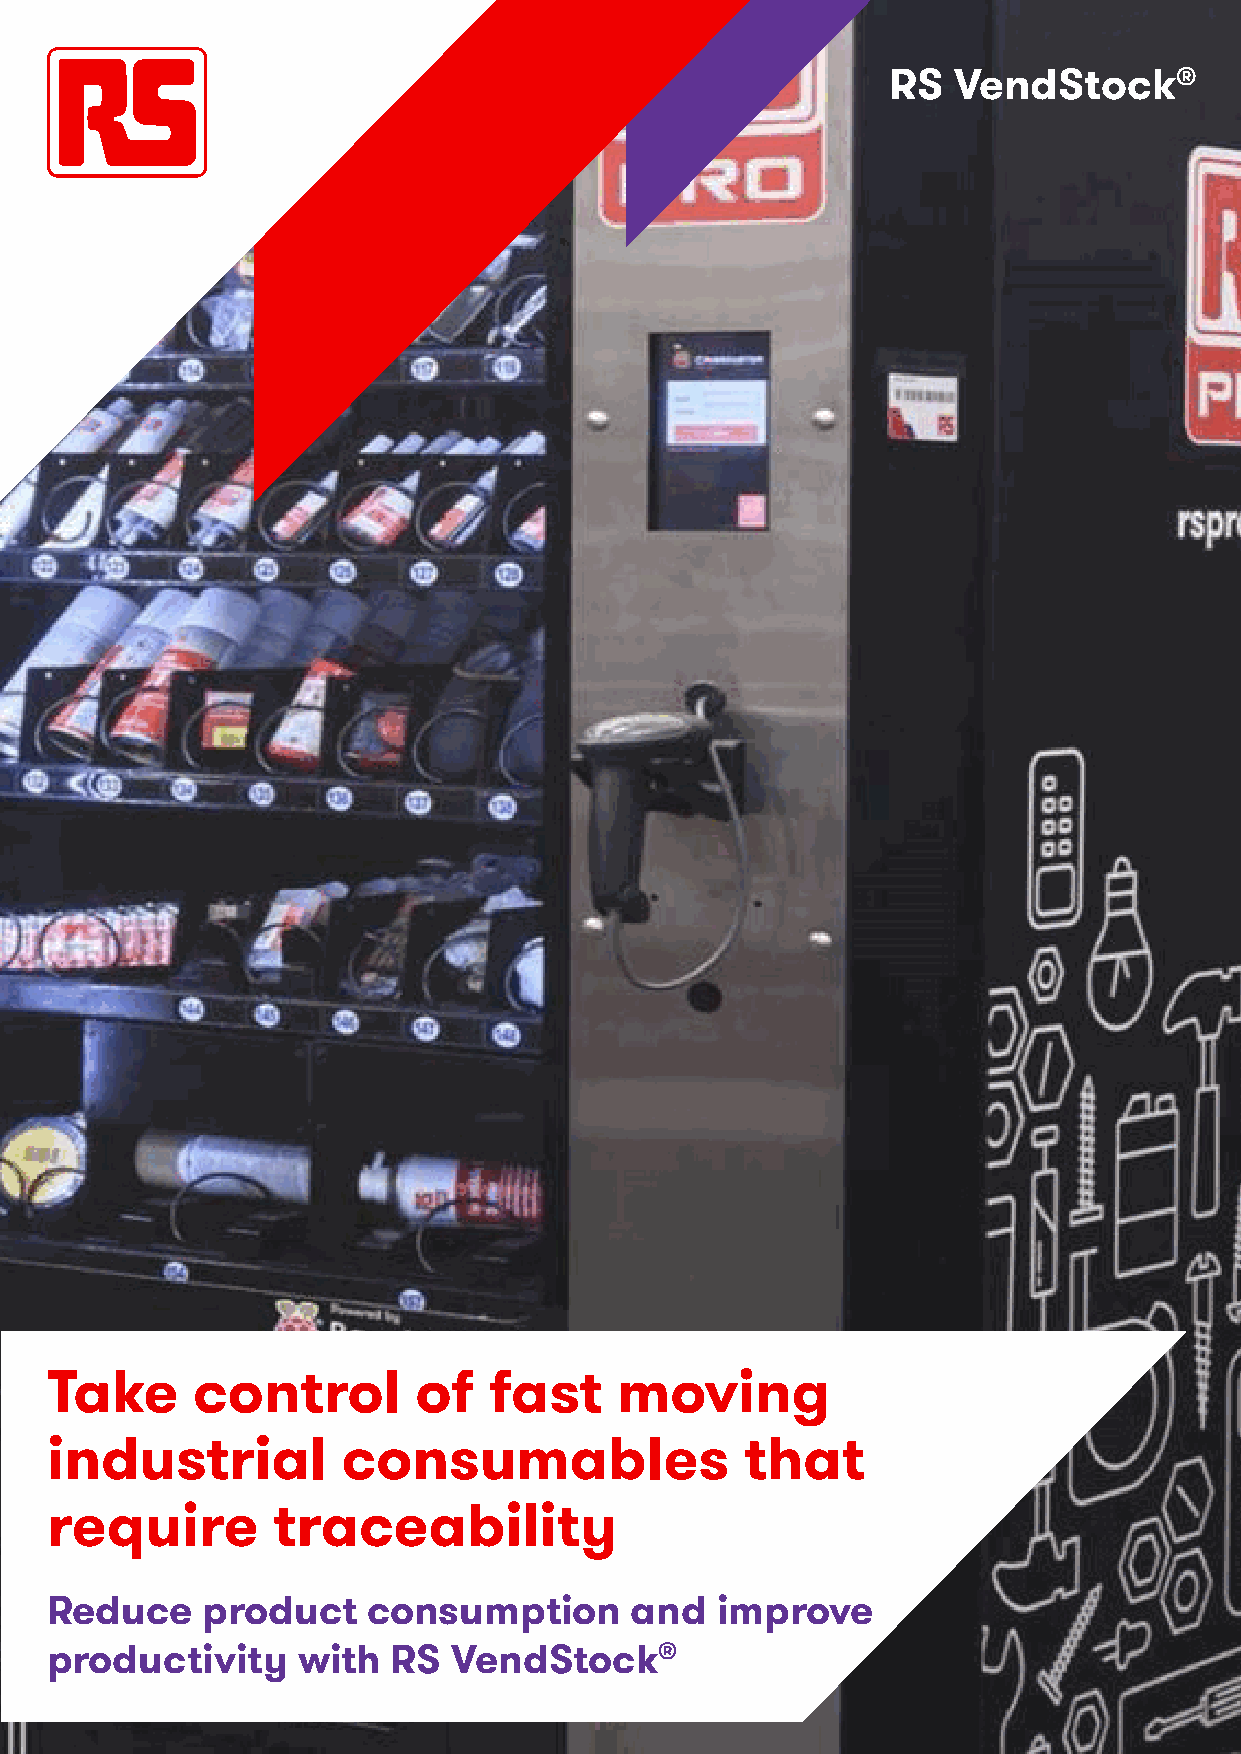
RS  VendStock®
 Take      control       of   fast     moving
 industrial          consumables               that
 require        traceability
 Reduce    product    consumption       and  improve
 productivity     with  RS  VendStock®